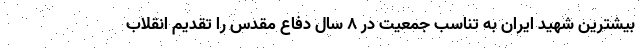
بیشترین شهید ایران به تناسب جمعیت در ۸ سال دفاع مقدس را تقدیم انقلاب